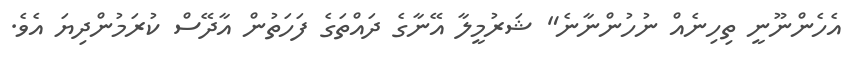
އެހެންނޫނީ ތިހިނެއް ނުހުންނާނެ" ޝަރުމީލާ އޭނާގެ ދައްތަގެ ފަހަތުން އާދޭސް ކުރަމުންދިޔަ އެވެ.